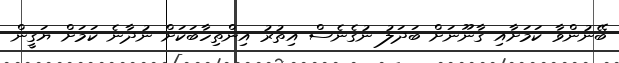
ބޭނުންވާ ކަމަށާއި ގާނޫނަށް ބަދަލު ނުގެނެސް އިތުރު އިންތިހާބަކަށް ނުދާނެ ކަމަށް ޔަގީން